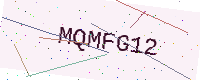
Text: MQMFG12